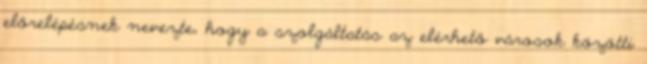
előrelépésnek nevezte, hogy a szolgáltatás az elérhető városok közötti